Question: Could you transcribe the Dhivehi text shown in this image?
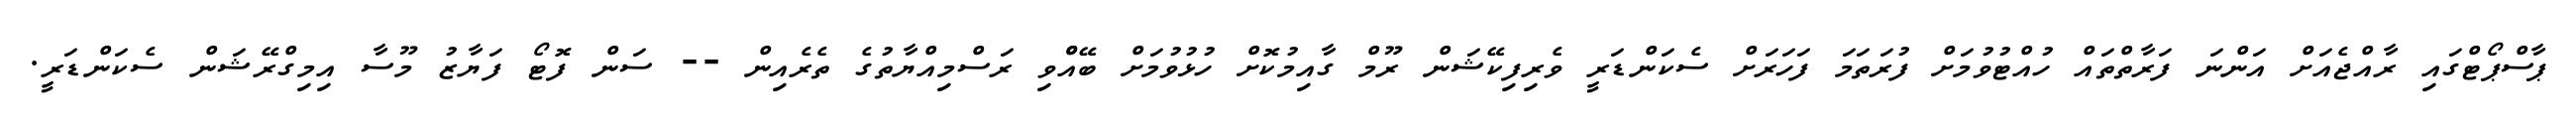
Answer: ޕާސްޕޯޓްގައި ރާއްޖެއަށް އަންނަ ފަރާތްތައް ހުއްޓުވުމަށް ފުރަތަމަ ފަހަރަށް ސެކަންޑަރީ ވެރިފިކޭޝަން ރޫމް ގާއިމުކޮށް ހުޅުވުމަށް ބޭއްްވި ރަސްމިއްޔާތުގެ ތެރެއިން -- ސަން ފޮޓޯ ފަޔާޒު މޫސާ އިމިގްރޭޝަން ސެކަންޑަރީ.